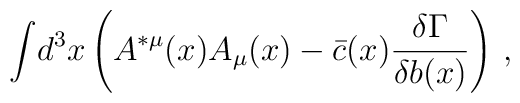
\displaystyle{\int }d^3x\left( A^{*\mu }(x)A_\mu (x)-\bar{c}(x){\displaystyle {\frac{\delta \Gamma }{\delta b(x)}}}\right) \,,